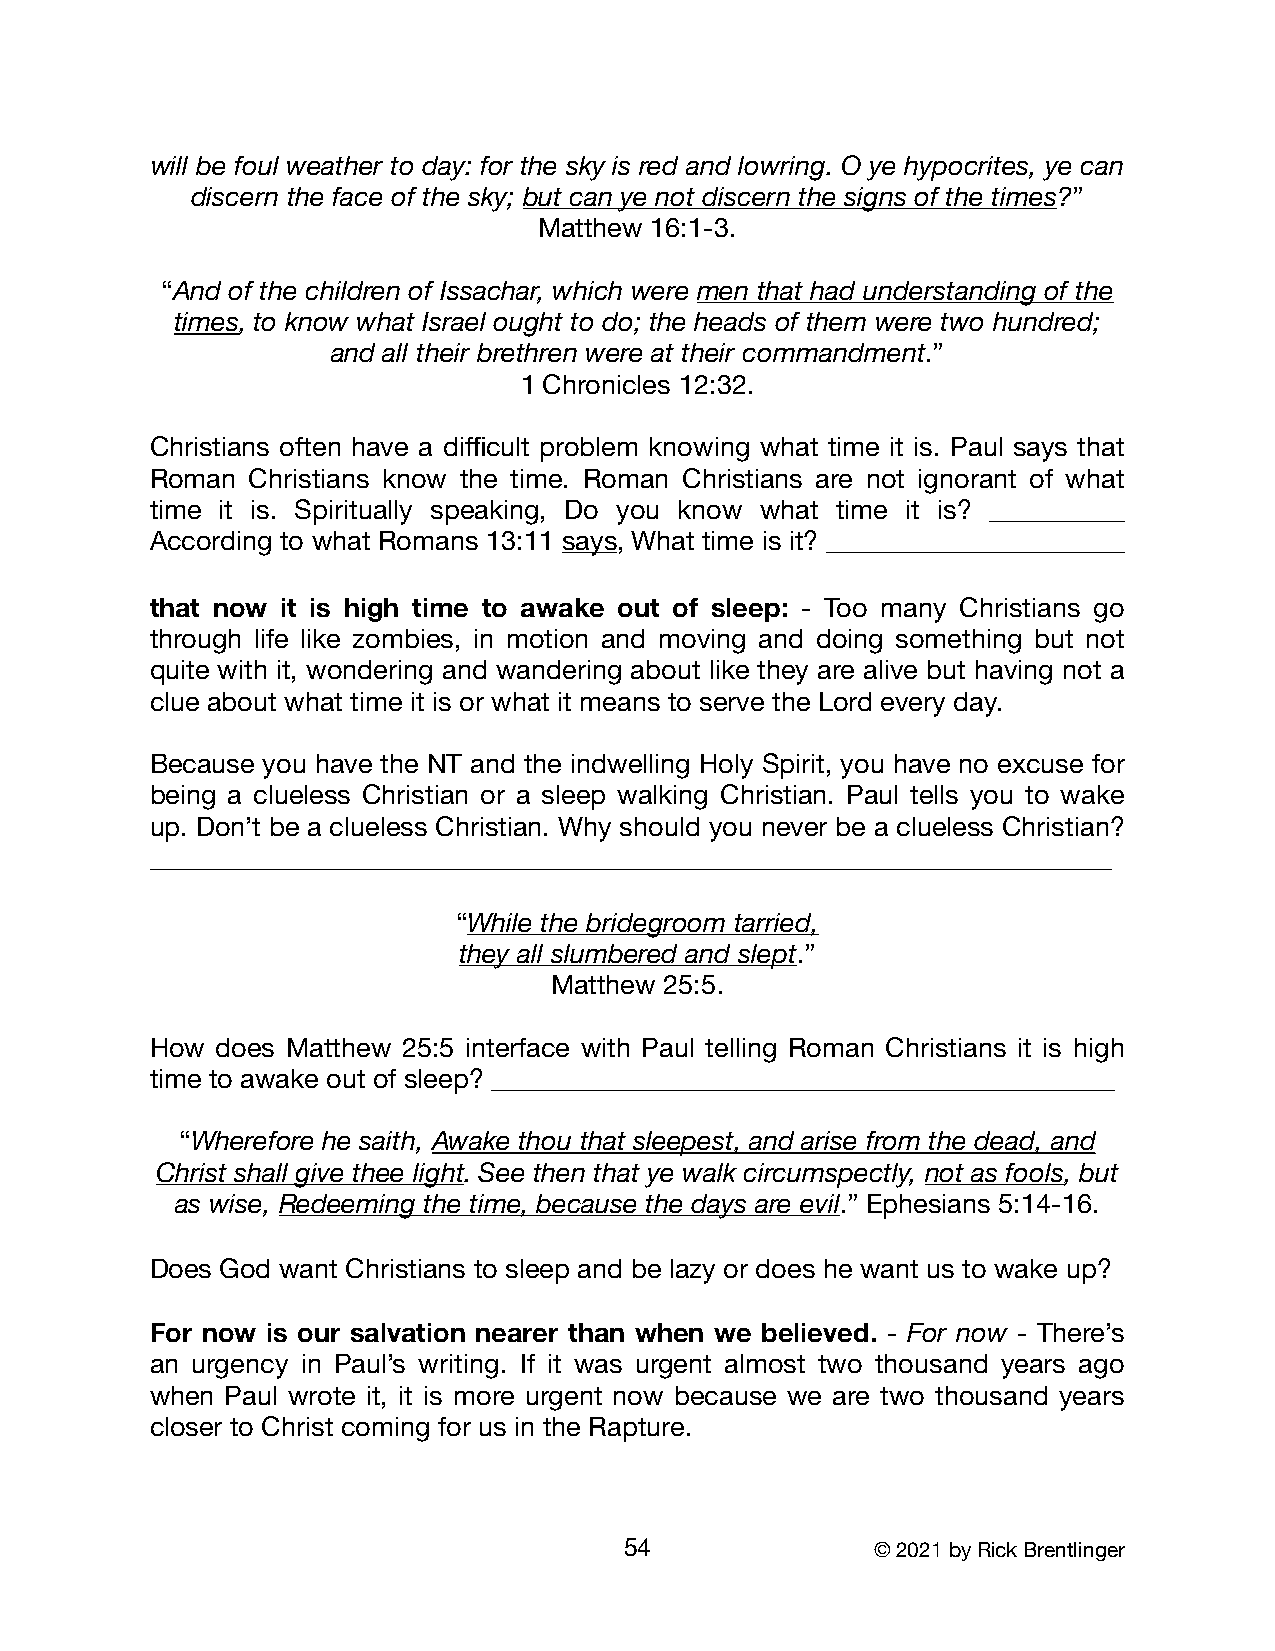
will be foul weather to day: for the sky is red and lowring. O ye hypocrites, ye can
 discern the face of the sky; but can ye not discern the signs of the times?”
 Matthew 16:1-3.
 “And of the children of Issachar, which were men that had understanding of the
 times, to know what Israel ought to do; the heads of them were two hundred;
 and all their brethren were at their commandment.”
 1 Chronicles 12:32.
 Christians often have a difficult problem knowing what time it is. Paul says that
 Roman  Christians know the time. Roman Christians are not ignorant of what
 time it is. Spiritually speaking, Do you know what time it is? __________
 According to what Romans 13:11 says, What time is it? ______________________
 that now it is high time to awake out of sleep: - Too many Christians go
 through life like zombies, in motion and moving and doing something but not
 quite with it, wondering and wandering about like they are alive but having not a
 clue about what time it is or what it means to serve the Lord every day.
 Because you have the NT and the indwelling Holy Spirit, you have no excuse for
 being a clueless Christian or a sleep walking Christian. Paul tells you to wake
 up. Don’t be a clueless Christian. Why should you never be a clueless Christian?
 _______________________________________________________________________
 “While the bridegroom tarried,
 they all slumbered and slept.”
 Matthew 25:5.
 How does Matthew 25:5 interface with Paul telling Roman Christians it is high
 time to awake out of sleep? ______________________________________________
 “Wherefore he saith, Awake thou that sleepest, and arise from the dead, and
 Christ shall give thee light. See then that ye walk circumspectly, not as fools, but
 as wise, Redeeming the time, because the days are evil.” Ephesians 5:14-16.
 Does God want Christians to sleep and be lazy or does he want us to wake up?
 For now is our salvation nearer than when we believed. - For now - There’s
 an urgency in Paul’s writing. If it was urgent almost two thousand years ago
 when Paul wrote it, it is more urgent now because we are two thousand years
 closer to Christ coming for us in the Rapture.
 54               © 2021 by Rick Brentlinger